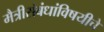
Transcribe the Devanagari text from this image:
मैत्रीसंबंधांविषयीचे